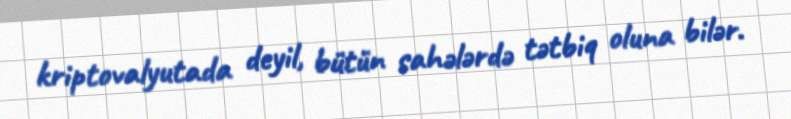
kriptovalyutada deyil, bütün sahələrdə tətbiq oluna bilər.